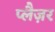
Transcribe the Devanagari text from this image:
प्लैज़र